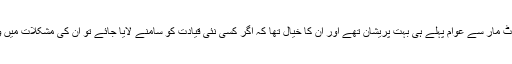
گزشتہ حکومتوں کی لوٹ مار سے عوام پہلے ہی بہت پریشان تھے اور ان کا خیال تھا کہ اگر کسی نئی قیادت کو سامنے لایا جائے تو ان کی مشکلات میں واضح کمی آ سکتی ہے۔